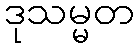
ဒုသမ္မတ